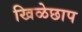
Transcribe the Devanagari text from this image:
खिळेछाप